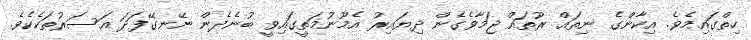
ހިތްގައިމެވެ. އިކާންގެ ނިތައް ރޫތައް ޖަމާވެގެން ދިޔައިރު އެމޫނުމަތީގައިވީ ބުނެދެން ނޭނގޭފަދަ އަސަރުތަކެކެވެ.